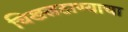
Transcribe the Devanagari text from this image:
चिखलठाण्याचा